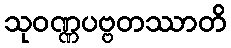
သုဝဏ္ဏပဗ္ဗတဿာတိ